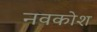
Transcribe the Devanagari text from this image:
नवकोश